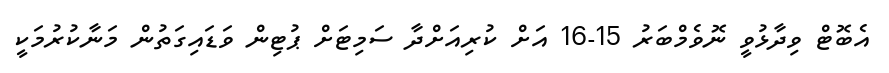
އެބޮޓް ވިދާޅުވީ ނޮވެމްބަރު 15-16 އަށް ކުރިއަށްދާ ސަމިޓަށް ޕުޓިން ވަޑައިގަތުން މަނާކުރުމަކީ